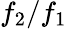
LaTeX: f_{2}/f_{1}